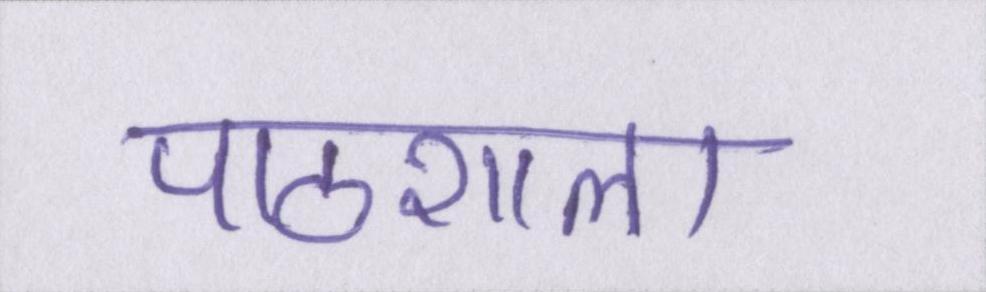
पाठशाला